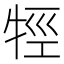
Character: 牼